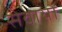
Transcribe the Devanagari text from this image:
सेवायो